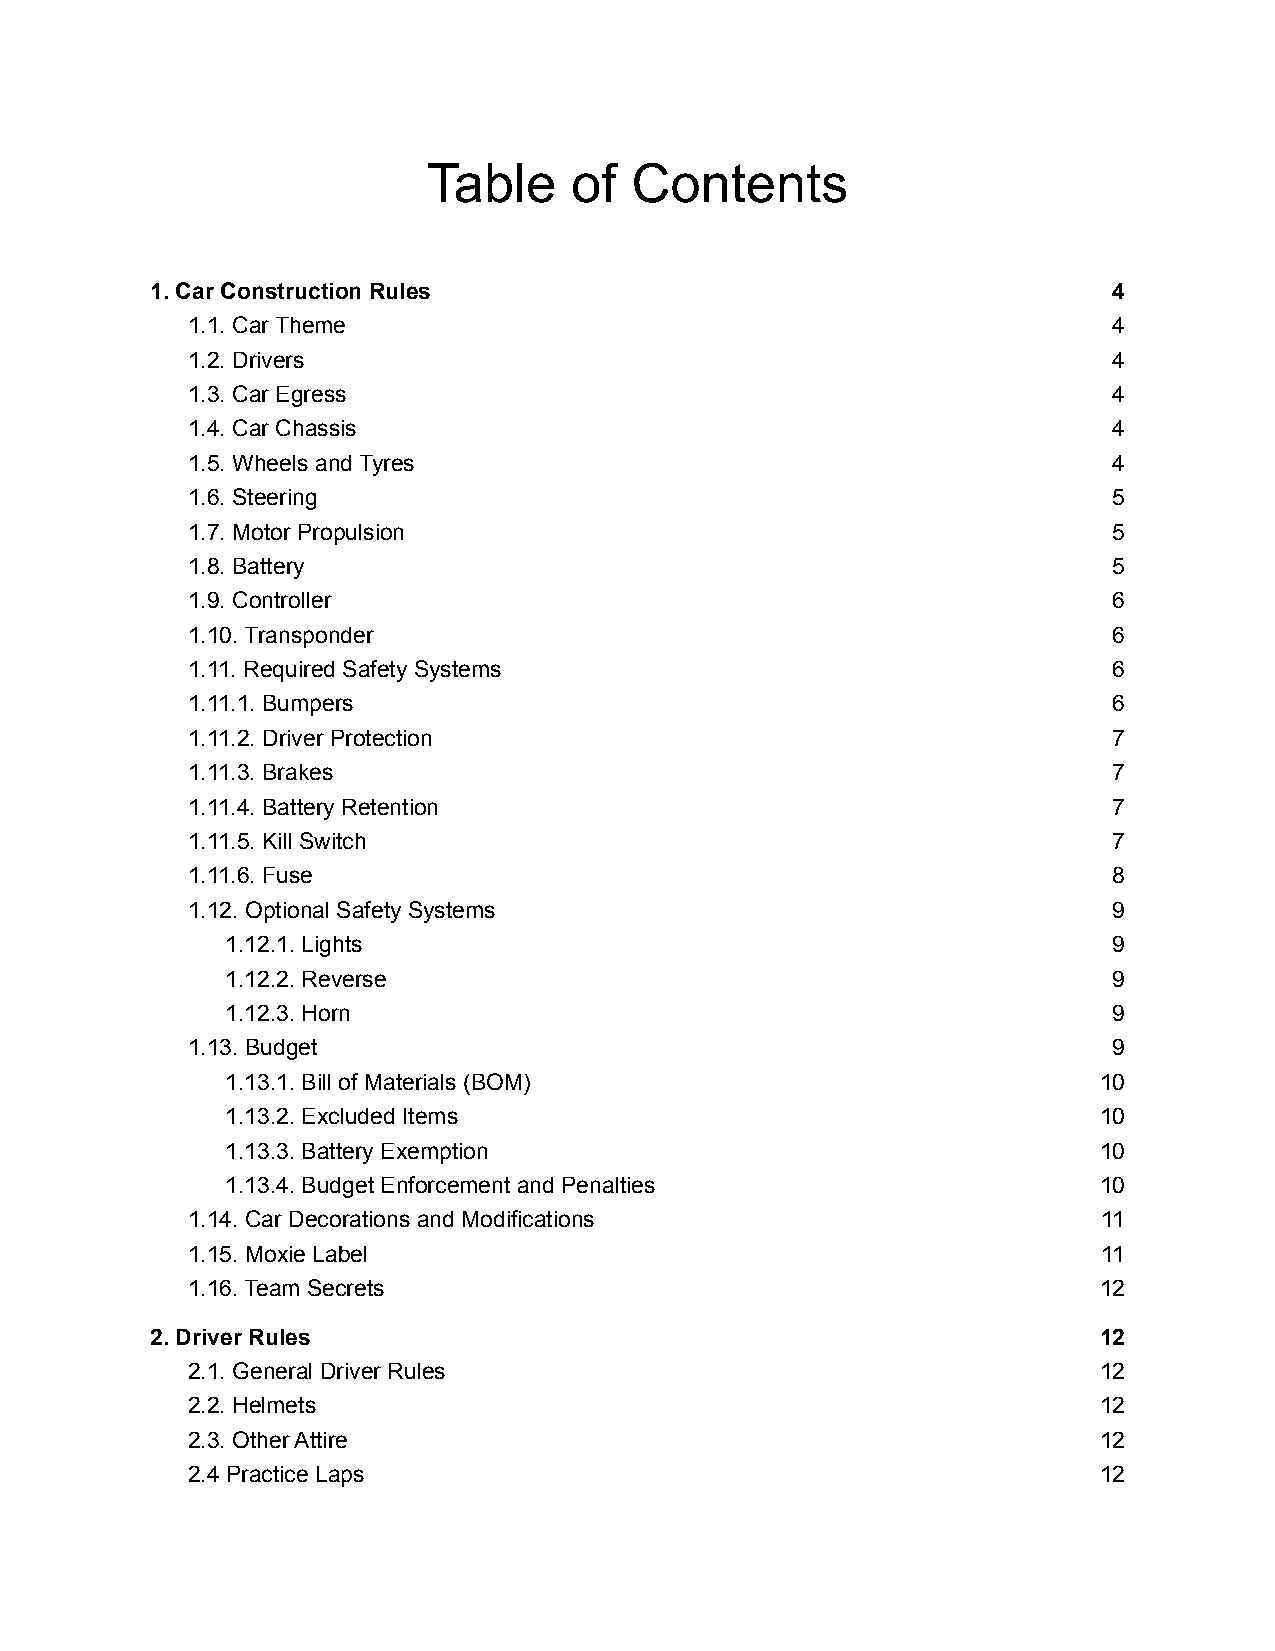
Table     of  Contents
 1. Car Construction Rules                                       4
 1.1. Car Theme                                                4
 1.2. Drivers                                                  4
 1.3. Car Egress                                               4
 1.4. Car Chassis                                              4
 1.5. Wheels and Tyres                                         4
 1.6. Steering                                                 5
 1.7. Motor Propulsion                                         5
 1.8. Battery                                                  5
 1.9. Controller                                               6
 1.10. Transponder                                             6
 1.11. Required Safety Systems                                 6
 1.11.1. Bumpers                                               6
 1.11.2. Driver Protection                                     7
 1.11.3. Brakes                                                7
 1.11.4. Battery Retention                                     7
 1.11.5. Kill Switch                                           7
 1.11.6. Fuse                                                  8
 1.12. Optional Safety Systems                                 9
 1.12.1. Lights                                             9
 1.12.2. Reverse                                            9
 1.12.3. Horn                                               9
 1.13. Budget                                                  9
 1.13.1. Bill of Materials (BOM)                           10
 1.13.2. Excluded Items                                    10
 1.13.3. Battery Exemption                                 10
 1.13.4. Budget Enforcement and Penalties                  10
 1.14. Car Decorations and Modifications                      11
 1.15. Moxie Label                                            11
 1.16. Team Secrets                                           12
 2. Driver Rules                                                12
 2.1. General Driver Rules                                    12
 2.2. Helmets                                                 12
 2.3. Other Attire                                            12
 2.4 Practice Laps                                            12